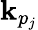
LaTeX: \mathbf{k}_{p_{j}}